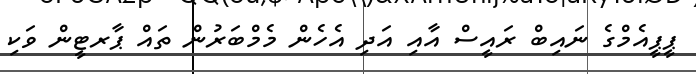
ޕީޕީއެމްގެ ނައިބް ރައީސް އާއި އަދި އެހެން މެމްބަރުން ތައް ޕާރޓީން ވަކި